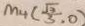
M _ { 4 } ( \frac { \sqrt { 3 } } { 3 } , 0 )